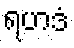
ရဟဒံ